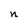
Character: n